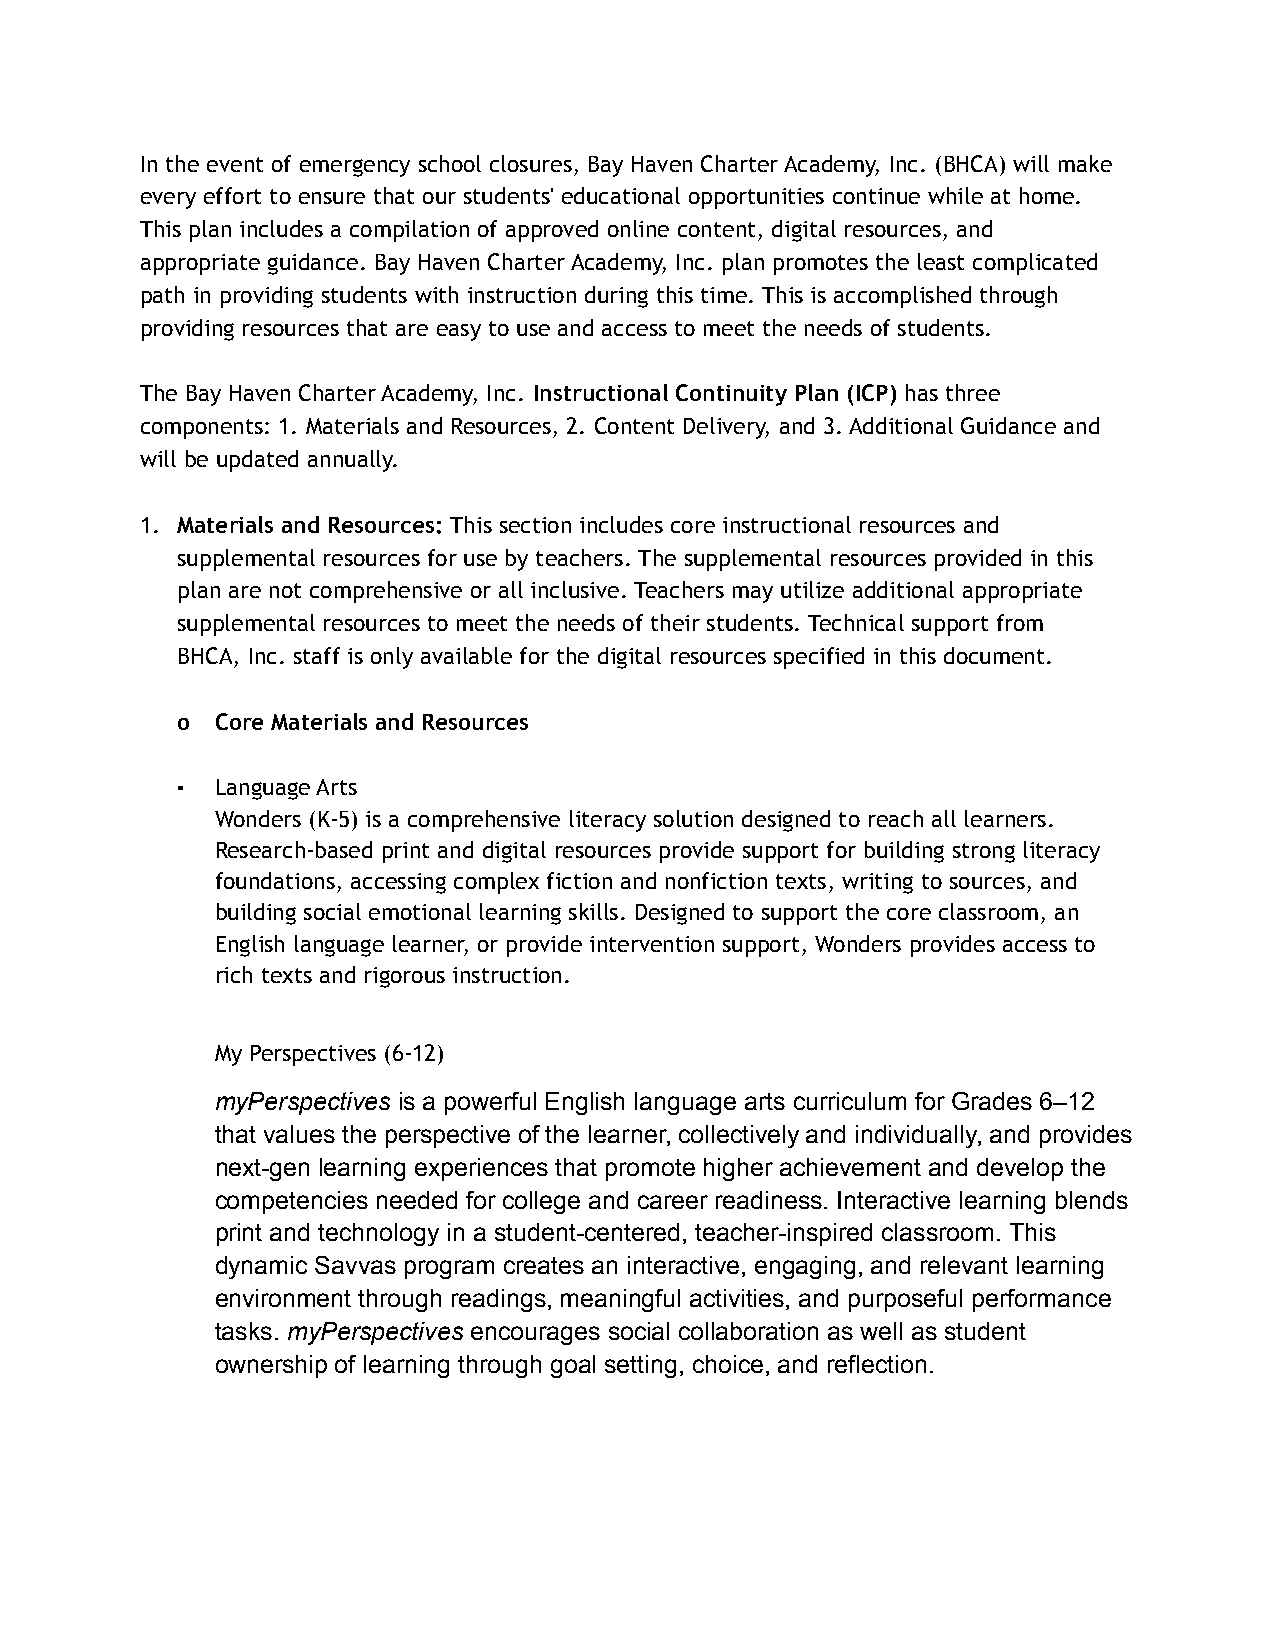
In the event of emergency school closures, Bay Haven Charter Academy, Inc. (BHCA) will make
 every effort to ensure that our students' educational opportunities continue while at home.
 This plan includes a compilation of approved online content, digital resources, and
 appropriate guidance. Bay Haven Charter Academy, Inc. plan promotes the least complicated
 path in providing students with instruction during this time. This is accomplished through
 providing resources that are easy to use and access to meet the needs of students.
 The Bay Haven Charter Academy, Inc. Instructional Continuity Plan (ICP) has three
 components: 1. Materials and Resources, 2. Content Delivery, and 3. Additional Guidance and
 will be updated annually.
 1. Materials and Resources: This section includes core instructional resources and
 supplemental resources for use by teachers. The supplemental resources provided in this
 plan are not comprehensive or all inclusive. Teachers may utilize additional appropriate
 supplemental resources to meet the needs of their students. Technical support from
 BHCA, Inc. staff is only available for the digital resources specified in this document.
 o Core Materials and Resources
 ▪ Language Arts
 Wonders (K-5) is a comprehensive literacy solution designed to reach all learners.
 Research-based print and digital resources provide support for building strong literacy
 foundations, accessing complex fiction and nonfiction texts, writing to sources, and
 building social emotional learning skills. Designed to support the core classroom, an
 English language learner, or provide intervention support, Wonders provides access to
 rich texts and rigorous instruction.
 My Perspectives (6-12)
 myPerspectives is a powerful English language arts curriculum for Grades 6–12
 that values the perspective of the learner, collectively and individually, and provides
 next-gen learning experiences that promote higher achievement and develop the
 competencies needed for college and career readiness. Interactive learning blends
 print and technology in a student-centered, teacher-inspired classroom. This
 dynamic Savvas program creates an interactive, engaging, and relevant learning
 environment through readings, meaningful activities, and purposeful performance
 tasks. myPerspectives encourages social collaboration as well as student
 ownership of learning through goal setting, choice, and reflection.